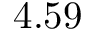
4 . 5 9